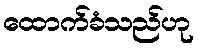
ထောက်ခံသည်ဟု